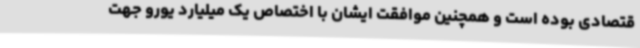
قتصادی بوده است و همچنین موافقت ایشان با اختصاص یک میلیارد یورو جهت